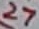
Text: 27